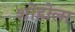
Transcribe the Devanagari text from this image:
शोहोला